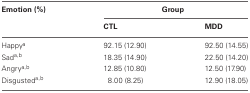
<table><thead><tr><td><b>Emotion (%)</b></td><td colspan="2"><b>Group</b></td></tr><tr><td></td><td><b>CTL</b></td><td><b>MDD</b></td></tr></thead><tbody><tr><td>Happy<sup>a</sup></td><td>92.15 (12.90)</td><td>92.50 (14.55)</td></tr><tr><td>Sad<sup>a</sup><sup>,</sup><sup>b</sup></td><td>18.35 (14.90)</td><td>22.50 (14.20)</td></tr><tr><td>Angry<sup>a</sup><sup>,</sup><sup>b</sup></td><td>12.85 (10.80)</td><td>12.50 (17.90)</td></tr><tr><td>Disgusted<sup>a</sup><sup>,</sup><sup>b</sup></td><td>8.00 (8.25)</td><td>12.90 (18.05)</td></tr></tbody></table>